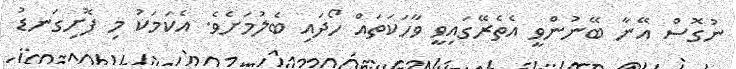
ނުގޮސް އޭނާ ބޭނުންވީ އެތެރޭގައިވީ ވާހަކަތައް ހޯދައި ބެލުމަށެވެ. އެކަމަކު މި ފޮށިގަނޑު